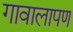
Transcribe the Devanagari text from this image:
गावालापण